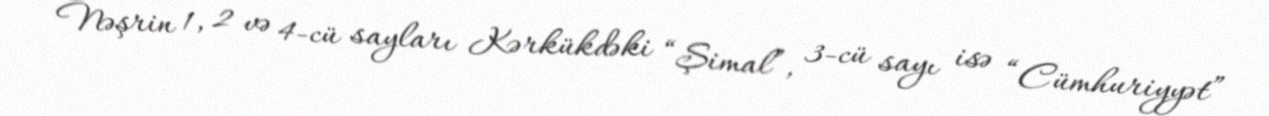
Nəşrin 1, 2 və 4-cü sayları Kərkükdəki “Şimal”, 3-cü sayı isə “Cümhuriyyət”